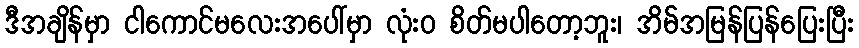
ဒီအချိန်မှာ ငါကောင်မလေးအပေါ်မှာ လုံးဝ စိတ်မပါတော့ဘူး၊ အိမ်အမြန်ပြန်ပြေးပြီး